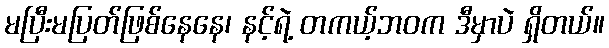
မပြီးမပြတ်ဖြစ်နေနေ၊ နင့်ရဲ့ တကယ့်ဘဝက ဒီမှာပဲ ရှိတယ်။